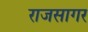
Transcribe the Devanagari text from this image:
राजसागर